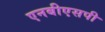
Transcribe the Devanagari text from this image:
एनबीएसपी